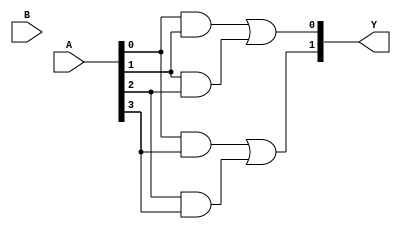
module jewel_pal (
    input wire [N-1:0] A,         // Input pins (A, B, C, ..., N)
    input wire [M-1:0] B,         // Additional input pins if needed
    output wire [P-1:0] Y         // Output pins (Y1, Y2, ..., Ym)
);

// Parameters for configuration
parameter N = 4; // Number of inputs
parameter M = 0; // Additional inputs (if needed)
parameter P = 2; // Number of outputs
parameter AND_GATES = 4; // Number of programmable AND gates
parameter OR_GATES = 2; // Number of fixed OR gates

// Declare programmable AND gates outputs
wire [AND_GATES-1:0] and_out;

// Example of programming connections for AND gates
assign and_out[0] = A[0] & A[1];        // AND gate 1: A0 AND A1
assign and_out[1] = A[1] & A[2];        // AND gate 2: A1 AND A2
assign and_out[2] = A[0] & A[3];        // AND gate 3: A0 AND A3
assign and_out[3] = A[2] & A[3];        // AND gate 4: A2 AND A3

// Fixed OR gates to produce outputs
assign Y[0] = and_out[0] | and_out[1]; // Output 1: OR of AND gate 1 and 2
assign Y[1] = and_out[2] | and_out[3]; // Output 2: OR of AND gate 3 and 4

endmodule